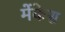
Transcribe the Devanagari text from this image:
मेंकेस